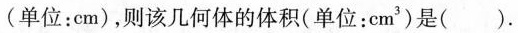
(单位：cm)，则该几何体的体积(单位：cm^{3})是( ).